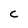
Character: c